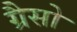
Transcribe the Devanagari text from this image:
ग्रैसो